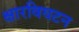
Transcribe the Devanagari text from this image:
क्षारविघटन